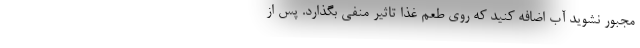
مجبور نشوید آب اضافه کنید که روی طعم غذا تاثیر منفی بگذارد. پس از